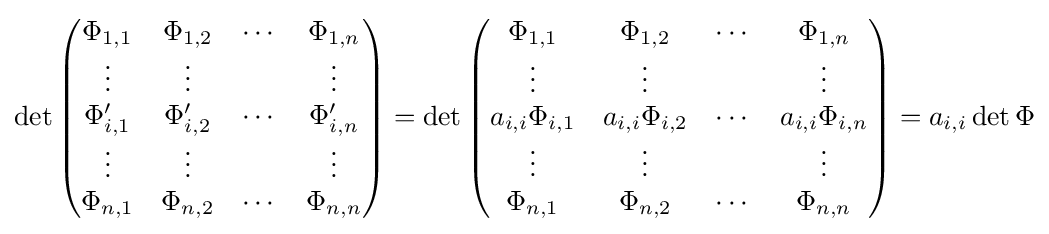
\det {\begin{pmatrix}\Phi _{1,1}&\Phi _{1,2}&\cdots &\Phi _{1,n}\\\vdots &\vdots &&\vdots \\\Phi '_{i,1}&\Phi '_{i,2}&\cdots &\Phi '_{i,n}\\\vdots &\vdots &&\vdots \\\Phi _{n,1}&\Phi _{n,2}&\cdots &\Phi _{n,n}\end{pmatrix}}=\det {\begin{pmatrix}\Phi _{1,1}&\Phi _{1,2}&\cdots &\Phi _{1,n}\\\vdots &\vdots &&\vdots \\a_{i,i}\Phi _{i,1}&a_{i,i}\Phi _{i,2}&\cdots &a_{i,i}\Phi _{i,n}\\\vdots &\vdots &&\vdots \\\Phi _{n,1}&\Phi _{n,2}&\cdots &\Phi _{n,n}\end{pmatrix}}=a_{i,i}\det \Phi